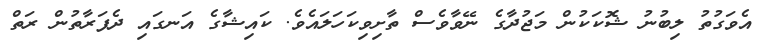
އެވަގުތު ލިބުނު ޝޮކަކުން މަޖުދާގެ ނޭވާވެސް ތާށިވިކަހަލައެވެ. ކައިޝާގެ އަނގައި ދެފަރާތުން ރަތް